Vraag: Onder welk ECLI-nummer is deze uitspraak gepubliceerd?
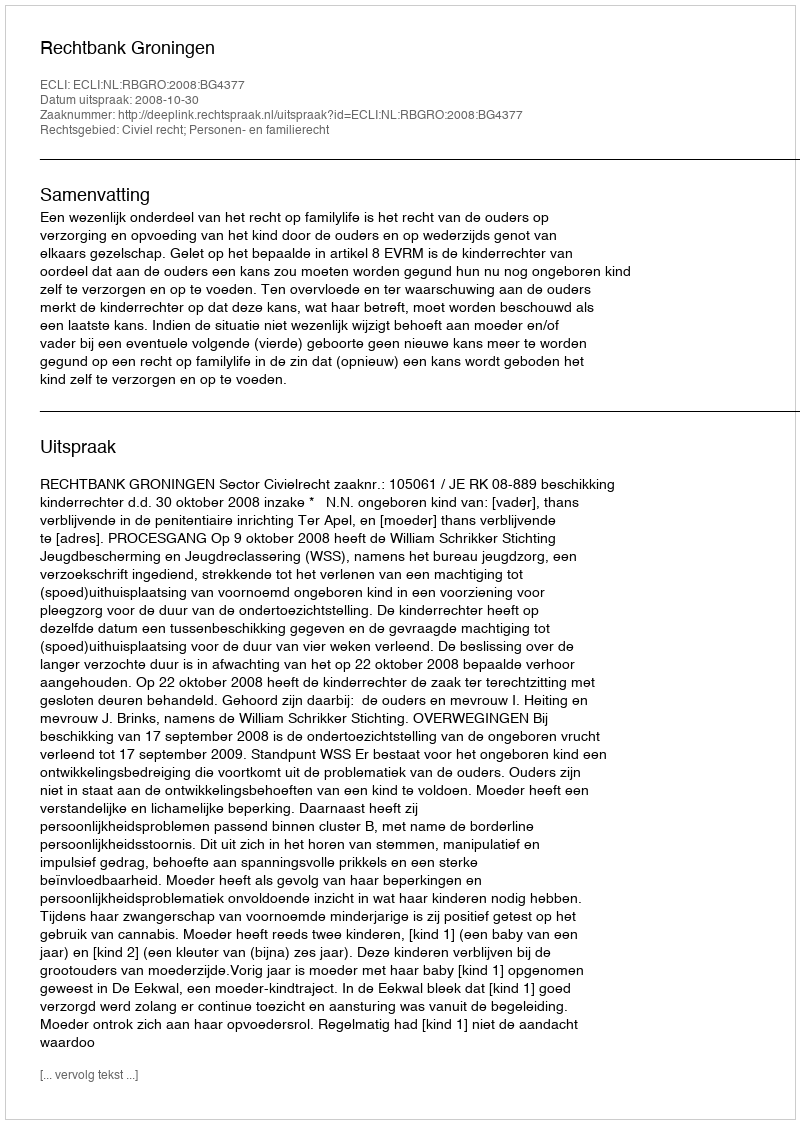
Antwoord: ECLI:NL:RBGRO:2008:BG4377